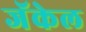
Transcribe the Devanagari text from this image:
जॅकेल